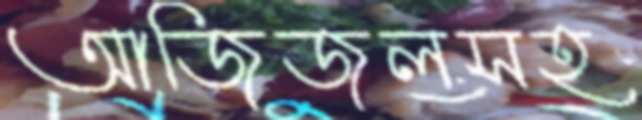
আজিজুলসহ